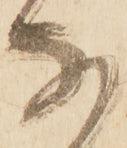
な